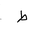
Letter: _da